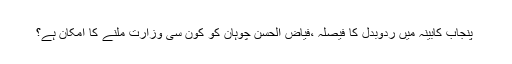
﻿ پنجاب کابینہ میں ردوبدل کا فیصلہ ،فیاض الحسن چوہان کو کون سی وزارت ملنے کا امکان ہے؟